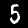
Digit: 5